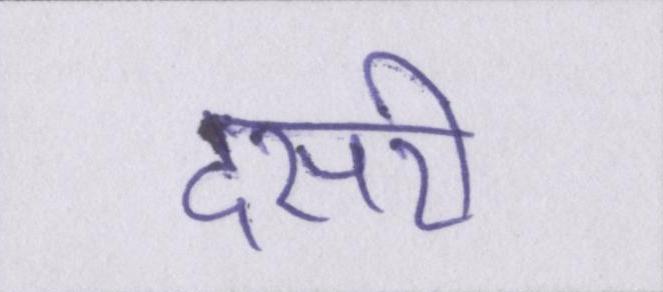
दसरी